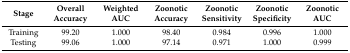
<table><thead><tr><td><b>Stage</b></td><td><b>Overall Accuracy</b></td><td><b>Weighted AUC</b></td><td><b>Zoonotic Accuracy</b></td><td><b>Zoonotic Sensitivity</b></td><td><b>Zoonotic Specificity</b></td><td><b>Zoonotic AUC</b></td></tr></thead><tbody><tr><td>Training</td><td>99.20</td><td>1.000</td><td>98.40</td><td>0.984</td><td>0.996</td><td>1.000</td></tr><tr><td>Testing</td><td>99.06</td><td>1.000</td><td>97.14</td><td>0.971</td><td>1.000</td><td>0.999</td></tr></tbody></table>